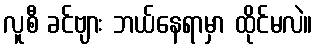
လူစီ ခင်ဗျား ဘယ်နေရာမှာ ထိုင်မလဲ။